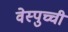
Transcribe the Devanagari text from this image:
वेस्पुच्ची